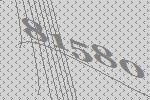
81580